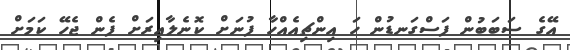
އޭގެ ސަބަބުން ފަސްގަނޑުން ހަ އިންޗިއެއްހާ ފުނަށް ކޮނެލާއިރަށް ފެން ޖެހޭ ކަމަށް